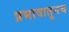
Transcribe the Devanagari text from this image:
प्रभावातूनच